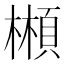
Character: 䫐